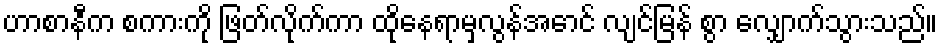
ဟာစာနီက စကားကို ဖြတ်လိုက်ကာ ထိုနေရာမှလွန်အောင် လျင်မြန် စွာ လျှောက်သွားသည်။